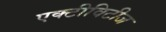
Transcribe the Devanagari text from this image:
एक्टीविटीज